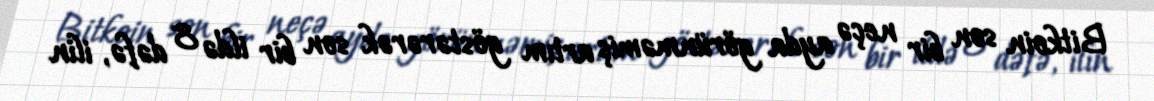
Bitkoin son bir neçə ayda görünməmiş artım göstərərək son bir ildə 8 dəfə, ilin